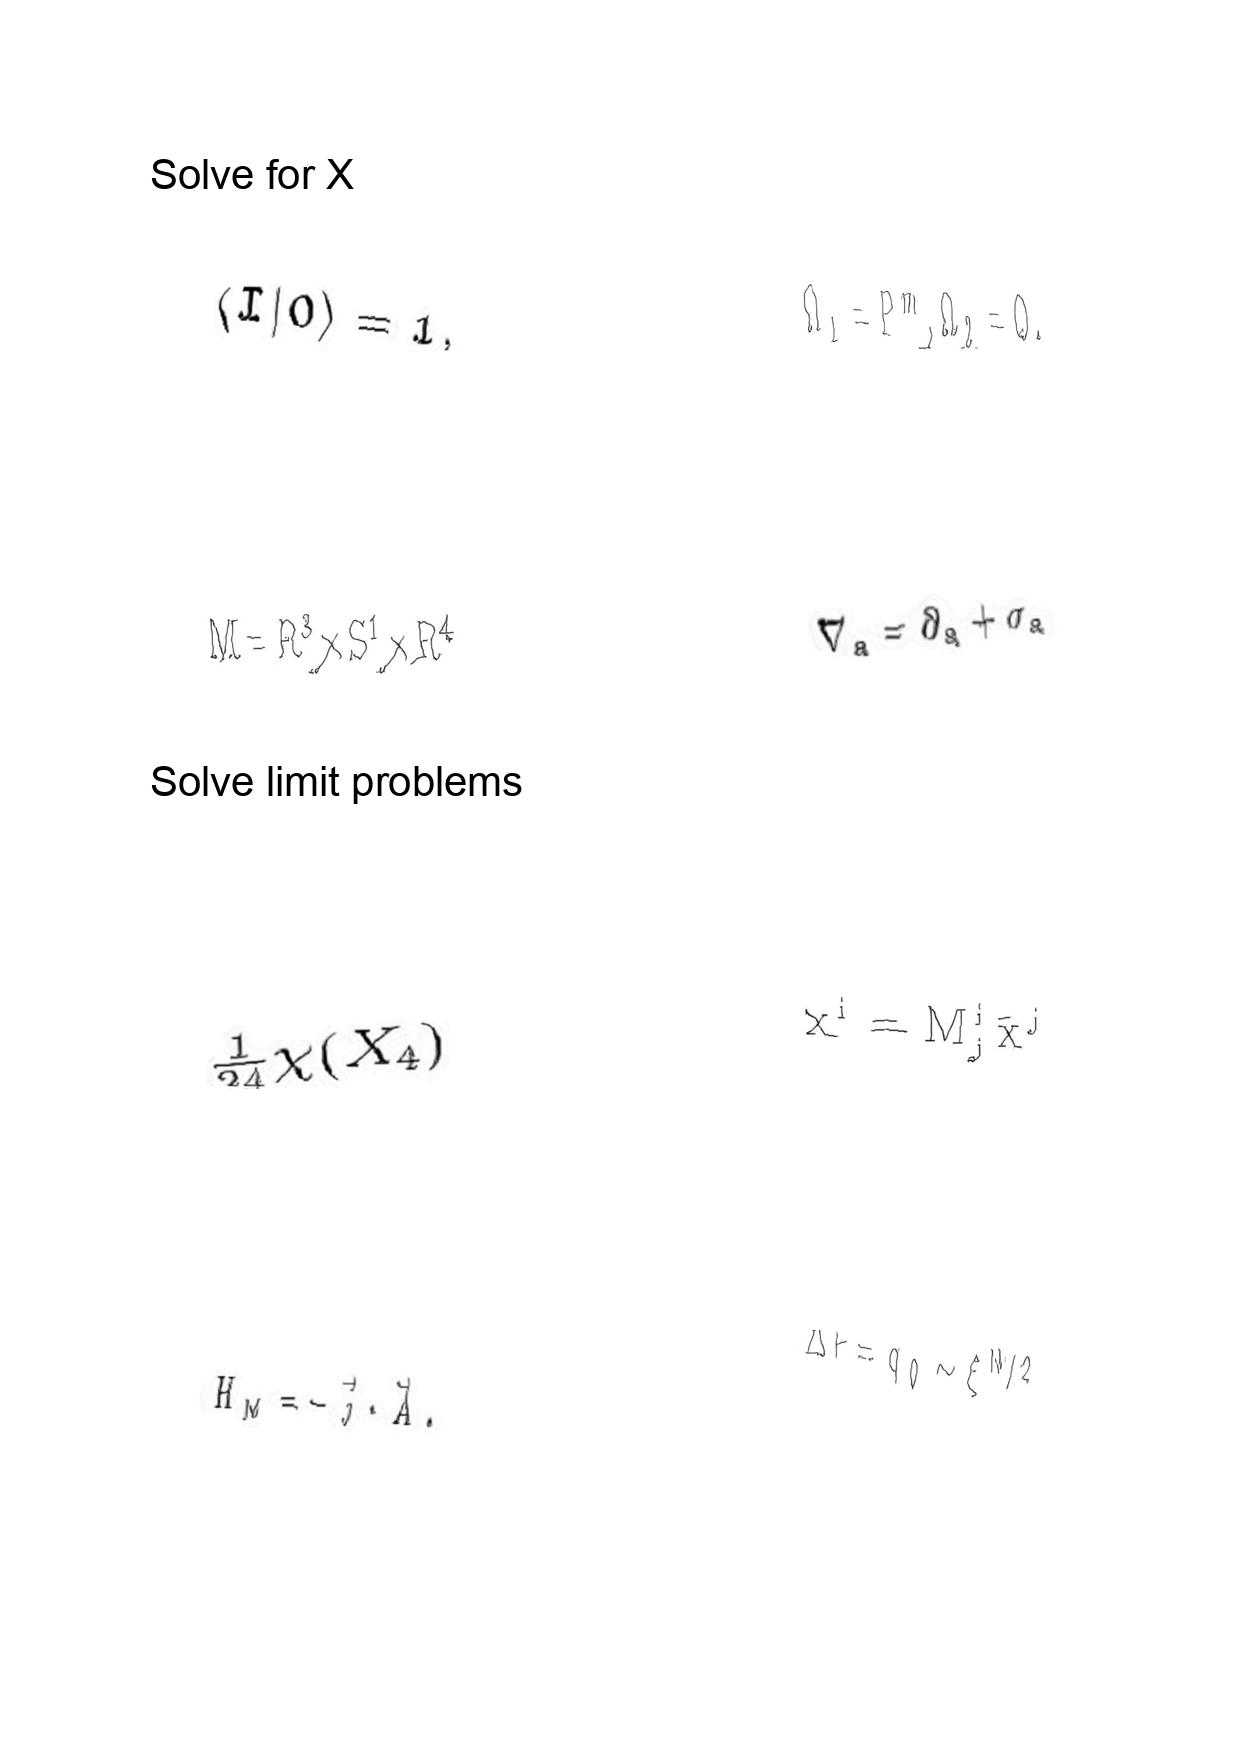
LaTeX transcription:
\langle I \vert 0 \rangle = 1 ,
M = R ^ { 3 } \times S ^ { 1 } \times R ^ { 4 }
\frac { 1 } { 2 4 } \chi \lparen X _ { 4 } \rparen
H _ { M } = - \vec { j } \cdot \vec { A } .
\Omega _ { 1 } = P ^ { m } , \Omega _ { 2 } = Q .
\nabla _ { a } = \partial _ { a } + \sigma _ { a }
x ^ { i } = M ^ { i } _ { j } \bar { x } ^ { j }
\Delta F = q _ { 0 } \sim \xi ^ { N / 2 }